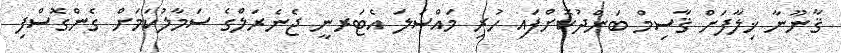
ޤާނޫނާ ޚިލާފަށް ޤާސިމް ބަންދުކޮށްފައި ހުރި މައްސަލަ އެޓަރނީ ޖެނެރަލްގެ ސަމާލުކަމަށް ގެންގޮސްފި